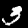
Digit: 3